Vaike-Kopu_(Puiatu)_vallavalitsus, lk 29
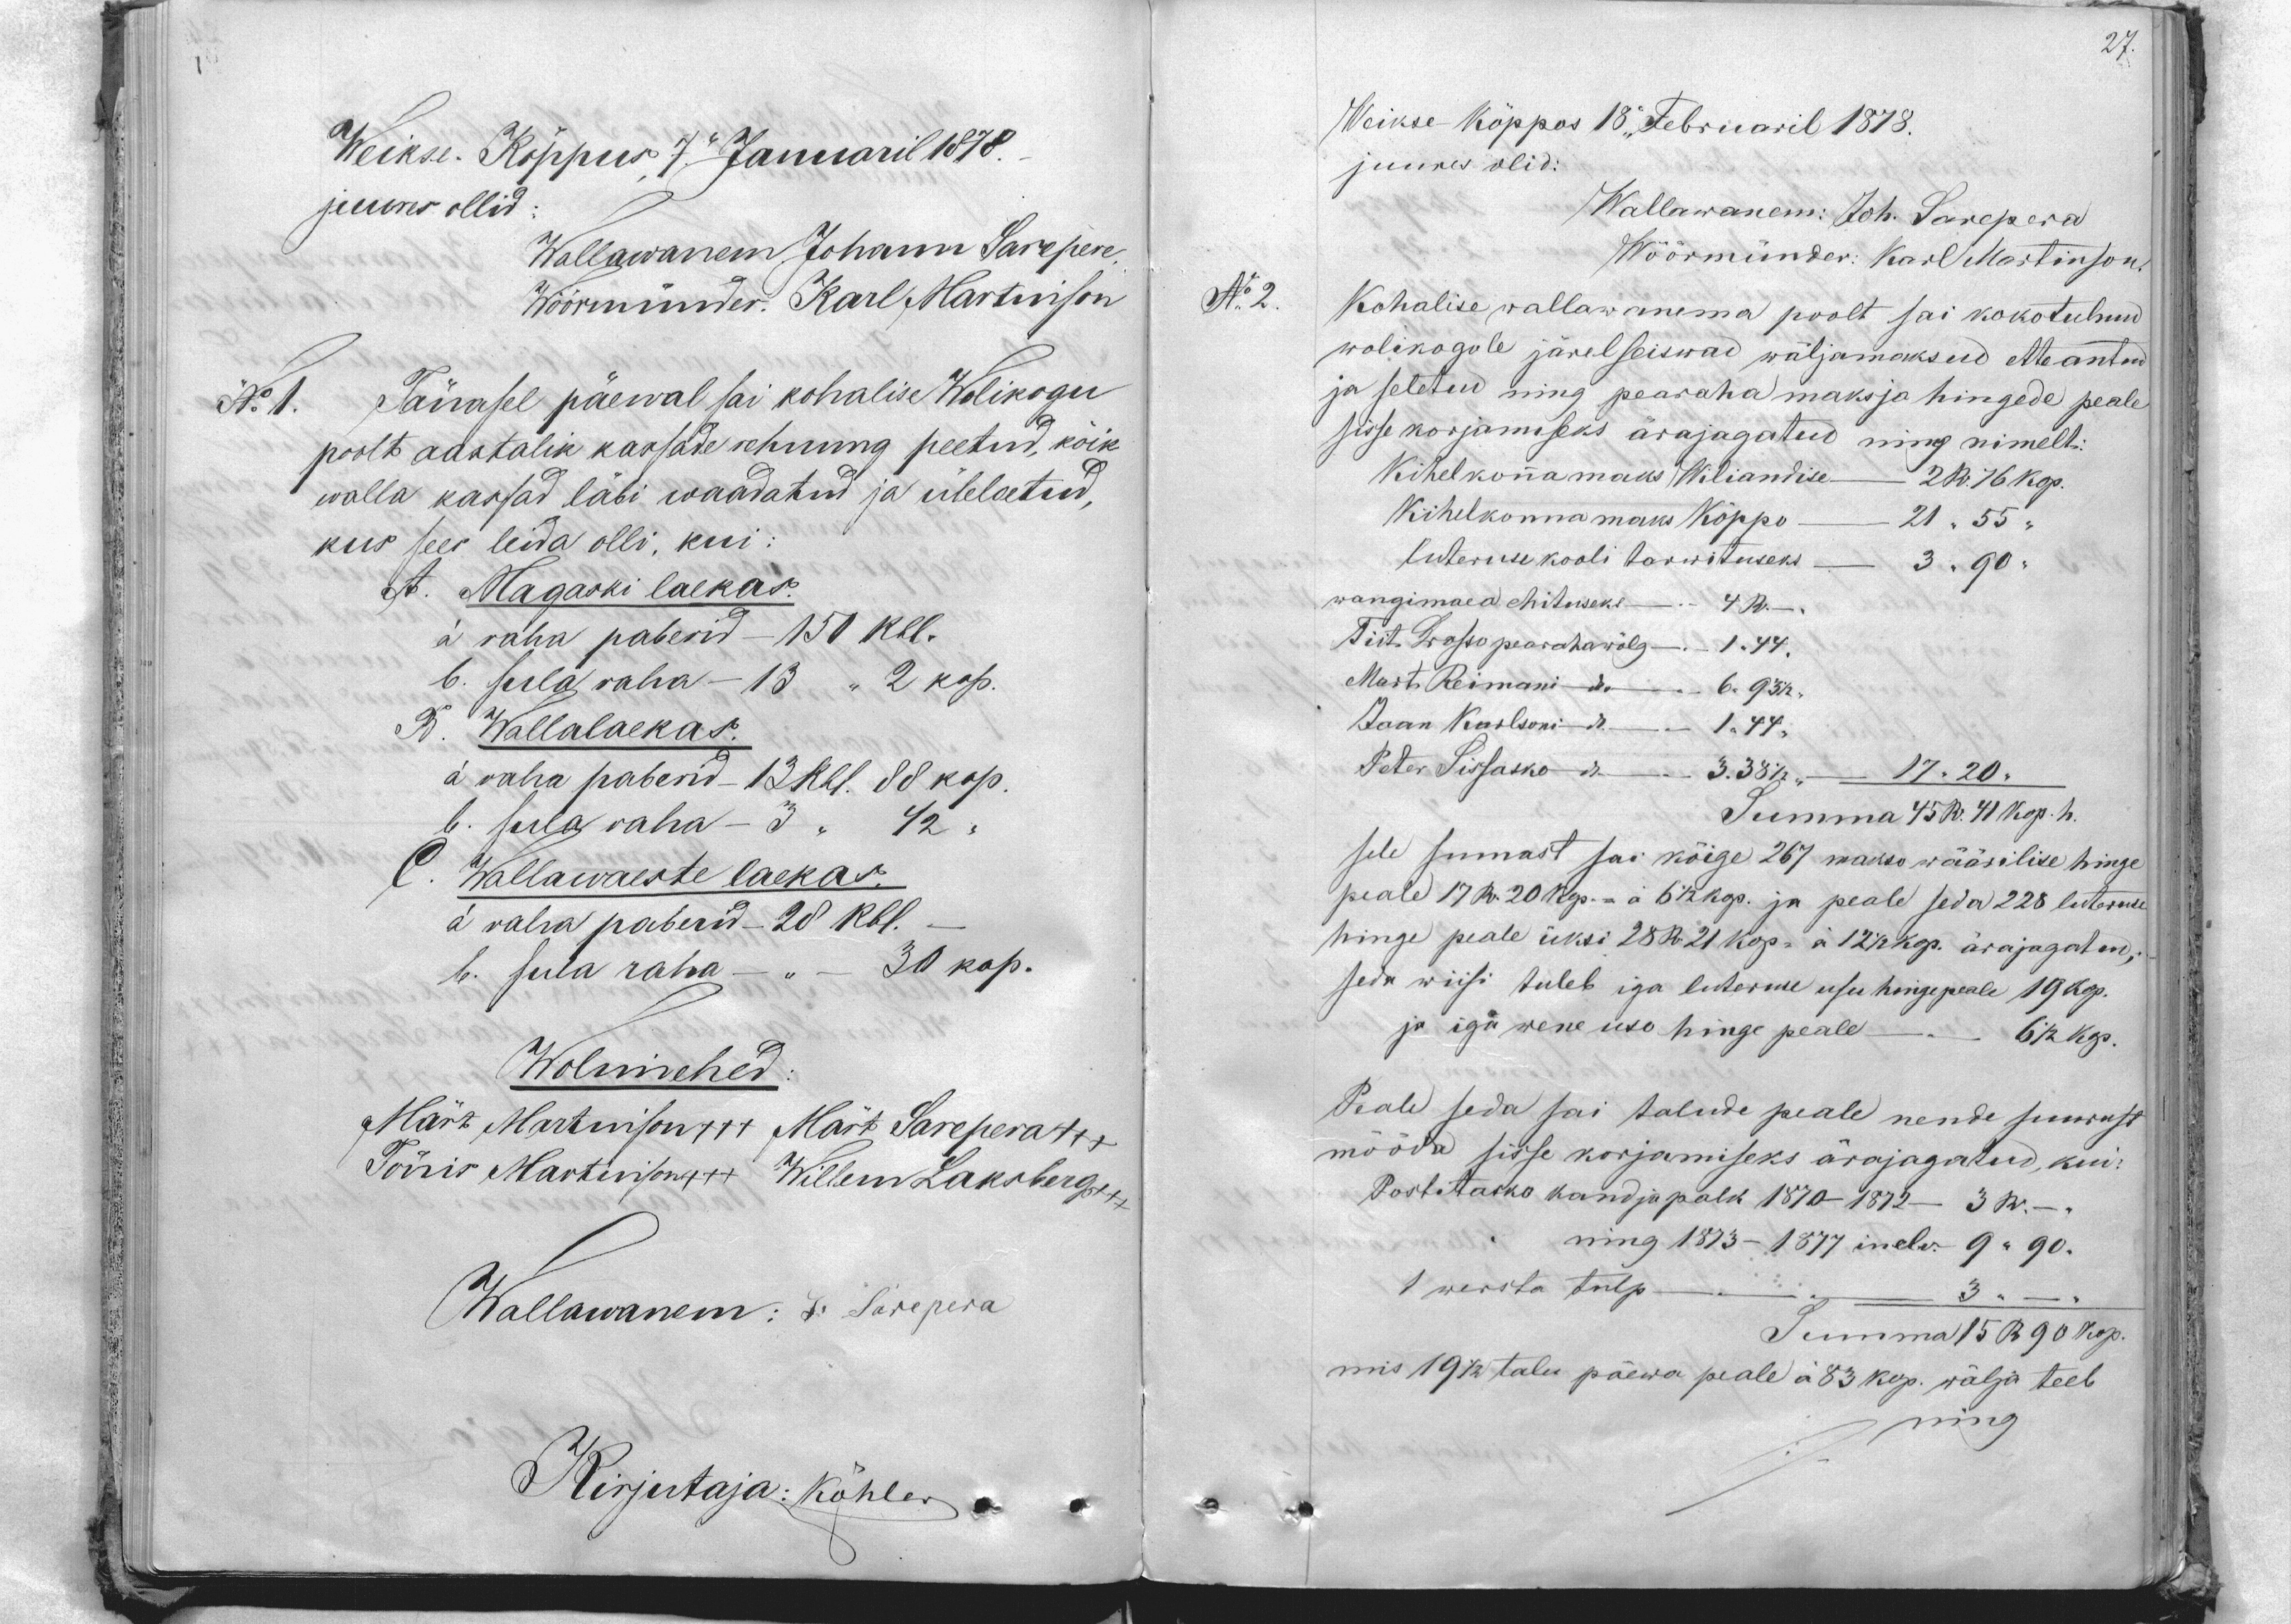
27.

Weikse-Köppus 7 Januaril 1878.
juures ollid
Wallawanem Johann Sarepere
Wöörmünder. Karl Martinson
N. 1.
Tänasel päewal sai kohalise Wolikogu
poolt aastalik kassade rehnung peetud, kõik
walla kassad läbi waadatud ja üleloetud,
kus sees leida olli, kui
A. Magaski laekas.
a. raha paberid - 150 Rbl.
b. sula raha - 13 " 2 kop.
B. Wallalaekas.
a. raha paberid - 13 Rbl. 88 kop.
b. sula raha - 3 " 42 "
C. Wallawaeste laekas.
a. raha paberid - 28 Rbl.
b. sula raha. 30 kop.
Wolimehed
Märt Martinson +++ Märt Sarepera +++
Tönis Martinson +++ Willem Laksberg+++
Wallawanem: J. Sarepera
Kirjutaja: Köhler

Weikse Köppos 18 Februaril 1878.
juures olid:
Wallawanem: Joh. Sarepera
Wöörmünder: Karl Martinson,
No 2.
Kohalise wallawanema poolt sai kokotulnud
wolikogole järelseiswad wäljamaksud etteantud
ja seletud ning pearaha maksja hingede peale
sisse korjamiseks ärajagatud ning nimelt:
Kihelkonna maks Wiliandise - 2 R 76 kop.
Kihelkonna maks Köppo - 21 "55"
luteruse kooli tarwituseks - 3 "90 "
wangimaea ehituseks - 4 R.
Tiit Wasso pearahawõlg. - 1.44.
Mart Reimani - 6. 93 1/2.
Jaan Karlsoni - 1.44,
Peter Pissasko - 3.38 1/2    17.20.
Summa 45 R. 41 kop. h.
sele sumast sai köige 267 makso wäärilise hinge
peale 17 R 20 kop.= a 6 1/2 kop. ja peale seda 228 luteruse
hinge peale üksi 28 R 21 kop. = á 12 1/2 kop. ärajagatud,
seda wiisi tuleb iga luteruse usu hingepeale 19 kop.
ja iga wene uso hinge peale - 6 1/2 kop.
Peale seda sai talude peale nende suurust
mööda sisse korjamiseks ärajagatud, kui-
Postitasko kandjapalk 1870-1872 ----3 R.
ning 1873-1877 inelv 9 " 90.
1 wersta tulp -   3 " -
Summa 15 R 90 kop.
mis 19 1/2 talu päewa peale á 83 kop. wälja teeb
ning